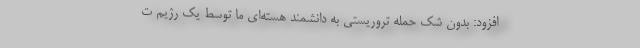
افزود: بدون شک حمله تروریستی به دانشمند هسته‌ای ما توسط یک رژیم ت